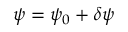
\psi = \psi _ { 0 } + \delta \psi